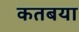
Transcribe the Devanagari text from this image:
कतबया